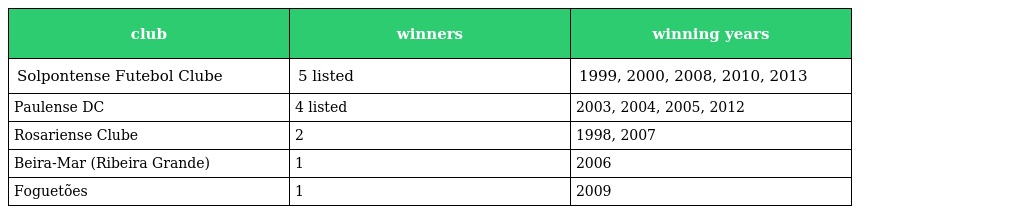
| club | winners | winning years |
 | --- | --- | --- |
 | Solpontense Futebol Clube | 5 listed | 1999, 2000, 2008, 2010, 2013 |
 | Paulense DC | 4 listed | 2003, 2004, 2005, 2012 |
 | Rosariense Clube | 2 | 1998, 2007 |
 | Beira-Mar (Ribeira Grande) | 1 | 2006 |
 | Foguetões | 1 | 2009 |